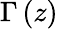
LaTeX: \Gamma\left(z\right)